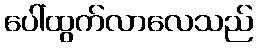
ပေါ်ထွက်လာလေသည်